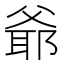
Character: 爺